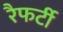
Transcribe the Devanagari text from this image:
रैफर्टी